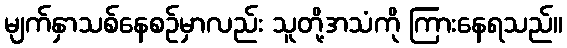
မျက်နှာသစ်နေစဉ်မှာလည်း သူတို့အသံကို ကြားနေရသည်။